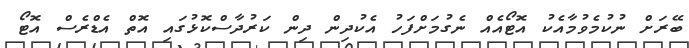
ބޭރަށް ނުކުމެވުމާއެކު އޮޓޯއެއް ނެގުމަށްފަހު އެކުދިން ދިން ކަރުދާސްކޮޅުގައި އޮތް އެޑްރެސް އޮޓޯ